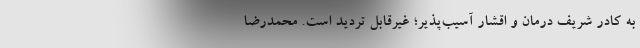
به کادر شریف درمان و اقشار آسیب‌پذیر؛ غیرقابل تردید است. محمدرضا